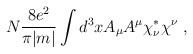
\begin{align*}N \frac{8e^2}{\pi |m|} \int d^3 x A_\mu A^\mu \chi^*_\nu \chi^\nu ~,\end{align*}